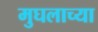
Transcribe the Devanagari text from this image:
मुघलाच्या